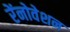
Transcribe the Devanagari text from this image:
रेंनोवेशन